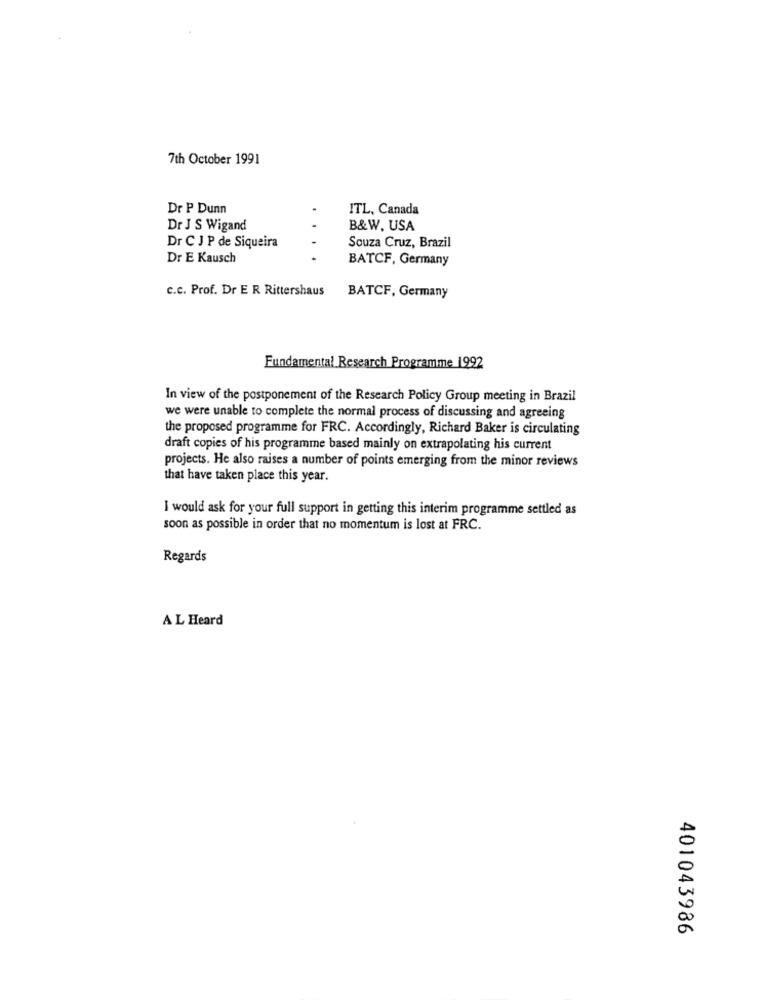
7th October 1991
Dr P Dunn
.
ITL, Canada
Dr J S Wigand
B&W, USA
Souza Cruz, Brazil
Dr C J P de Siqueira
Dr E Kausch
BATCF, Germany
c.c. Prof. Dr E R Rittershaus
BATCF, Germany
Fundamental Research Programme 1992
In view of the postponement of the Research Policy Group meeting in Brazil
we were unable to complete the normal process of discussing and agreeing
the proposed programme for FRC. Accordingly, Richard Baker is circulating
draft copies of his programme based mainly on extrapolating his current
projects. He also raises a number of points emerging from the minor reviews
that have taken place this year.
I would ask for your full support in getting this interim programme settled as
soon as possible in order that no momentum is lost at FRC.
Regards
A L Heard
401043986